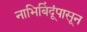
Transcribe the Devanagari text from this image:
नाभिबिंदूंपासून